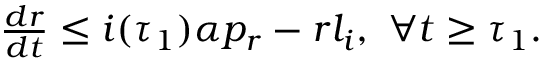
\begin{array} { r } { \frac { d r } { d t } \leq i ( \tau _ { 1 } ) \alpha p _ { r } - r l _ { i } , \ \forall t \geq \tau _ { 1 } . } \end{array}